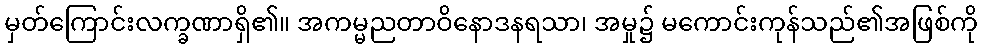
မှတ်ကြောင်းလက္ခဏာရှိ၏။ အကမ္မညတာဝိနောဒနရသာ၊ အမှု၌ မကောင်းကုန်သည်၏အဖြစ်ကို